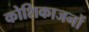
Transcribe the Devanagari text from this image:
कोशिकाजनों